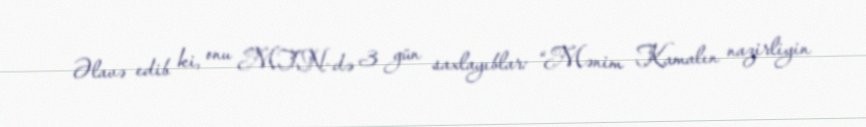
Əlavə edib ki, onu MTN-də 3 gün saxlayıblar: “Mənim Kamalın nazirliyin